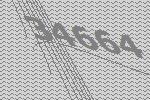
34664